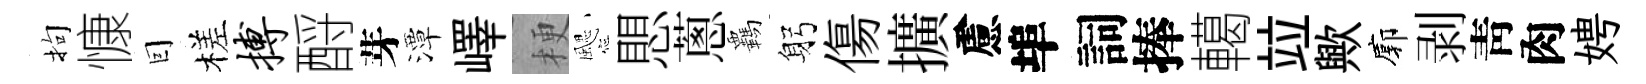
拘慷囙槎搏酹芽潭嶧梗颸愳蔥覊躬傷擴慮埠詞捧轕竝歟廓剥靑肉娉